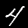
Digit: 4